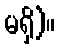
မရှိ)။